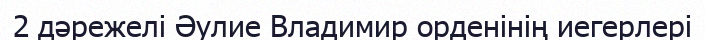
2 дәрежелі Әулие Владимир орденінің иегерлері